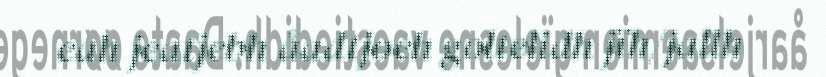
eah jeatjebh åadtjoeh goltelidh jïh/jallh